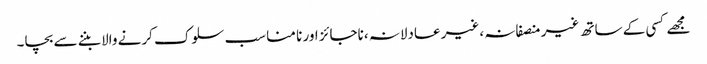
مجھے کسی کے ساتھ غیر منصفانہ ،غیر عادلانہ ،ناجائز اور نا مناسب سلوک کرنے والا بننے سے بچا۔